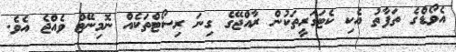
އެވޯޑްގެ ތަފާތު އެކި ކެޓަގަރީތަކުން ރާއްޖޭގެ ގިނަ ރިސޯޓްތަކެއް ނޮމިނޭޓް ވެއްޖެ އެވެ.